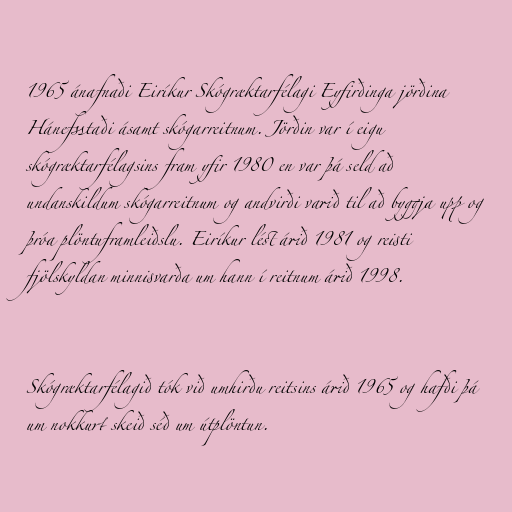
1965 ánafnaði Eiríkur Skógræktarfélagi Eyfirðinga jörðina
Hánefsstaði ásamt skógarreitnum. Jörðin var í eigu
skógræktarfélagsins fram yfir 1980 en var þá seld að
undanskildum skógarreitnum og andvirði varið til að byggja upp og
þróa plöntuframleiðslu. Eiríkur lést árið 1981 og reisti
fjölskyldan minnisvarða um hann í reitnum árið 1998.

Skógræktarfélagið tók við umhirðu reitsins árið 1965 og hafði þá
um nokkurt skeið séð um útplöntun.